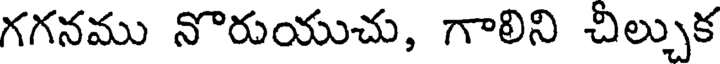
గగనము నొరుయుచు, గాలిని చీల్చుక